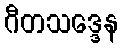
ဂီတသဒ္ဒေန